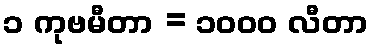
၁ ကုဗမီတာ = ၁၀၀၀ လီတာ